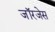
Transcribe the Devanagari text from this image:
जॉरजेस